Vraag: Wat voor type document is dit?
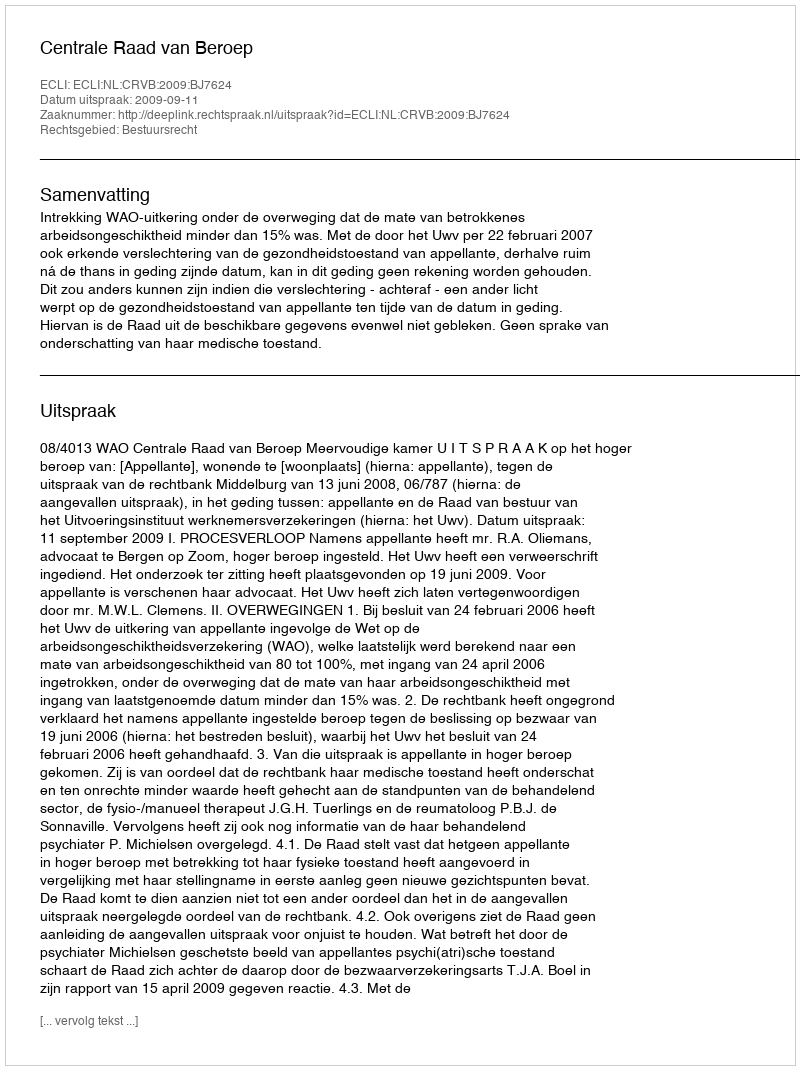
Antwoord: Uitspraak